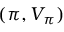
( \pi , V _ { \pi } )